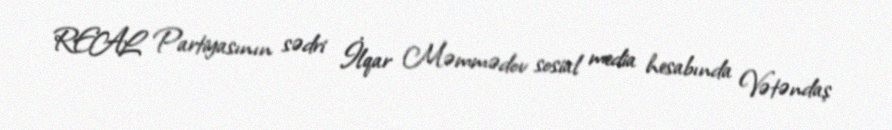
REAL Partiyasının sədri İlqar Məmmədov sosial media hesabında Vətəndaş